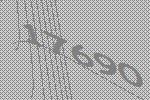
17690